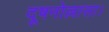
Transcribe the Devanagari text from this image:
दूषनोल्लासा।